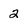
Character: 2